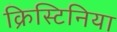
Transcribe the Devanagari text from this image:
क्रिस्टिनिया